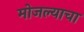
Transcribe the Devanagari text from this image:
मोजल्याचा